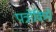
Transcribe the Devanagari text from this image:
पत्रोंकिये